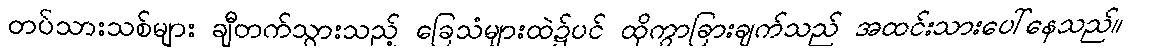
တပ်သားသစ်များ ချီတက်သွားသည့် ခြေသံများထဲ၌ပင် ထိုကွာခြားချက်သည် အထင်းသားပေါ်နေသည်။